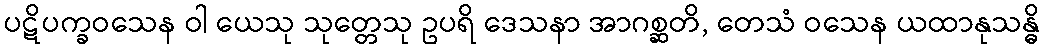
ပဋိပက္ခဝသေန ဝါ ယေသု သုတ္တေသု ဥပရိ ဒေသနာ အာဂစ္ဆတိ, တေသံ ဝသေန ယထာနုသန္ဓိ